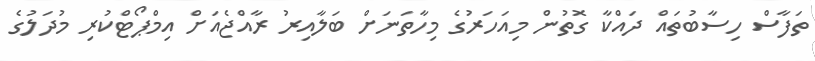
ތަފާސް ހިސާބުތައް ދައްކާ ގޮތުން މިއަހަރުގެ މިހާތަނަށް ބަލާއިރު ރާއްޖެއަށް އިމްޕޯޓްކުރި މުދަލުގެ